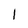
Character: I